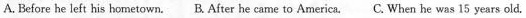
A. Before he left his hometown. B.After he came to America. C. When he was 15 years old.